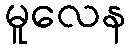
မူလေန